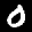
Label: 0